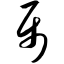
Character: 属